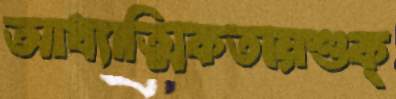
আধ্যাত্মিকতায়শুক্